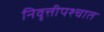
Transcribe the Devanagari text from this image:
निवृत्तीपश्चात